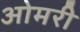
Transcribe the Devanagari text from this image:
ओमरी